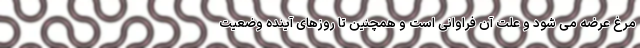
مرغ عرضه می شود و علت آن فراوانی است و همچنین تا روزهای آینده وضعیت